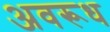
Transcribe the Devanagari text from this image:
अवरूध